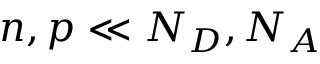
n , p \ll N _ { D } , N _ { A }